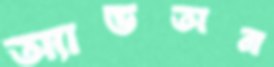
অ্যাডঅন